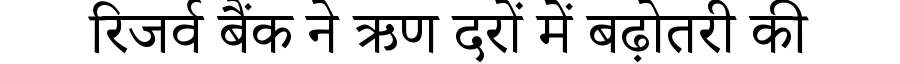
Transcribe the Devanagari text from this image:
रिजर्व बैंक ने ऋण दरों में बढ़ोतरी की